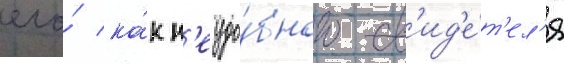
его́ ка́к н'еудо́бного св'ид'е́т'ел'я